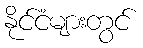
နိုင်ငံများတွင်